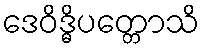
ဒေဝိဒ္ဓိပတ္တောသိ